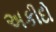
અકીદો